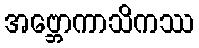
အဗ္ဘောကာသိကဿ